Civil Veterinary Department Bihar & Orissa reports 1922-29 - 1922-1929
Year: 1922
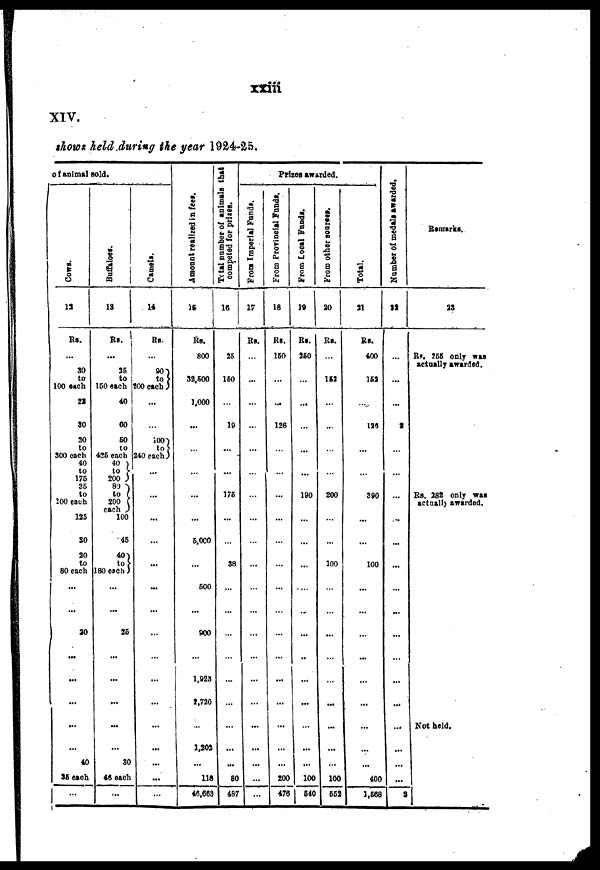
xxiii
XIV.
shows held during the year 1924-25.
of animal gold.
Cows.
12
Rs.
30
to
100 each
23
30
20
to
300 each
40
to
175
36
to
125
SO
20
to
80 each
...
30
...
...
...
...
40
36 each
Buffaloes.
13
Rs.
...
35
to
150 each
40
60
50
to
425 each
40
to
200
80
to 200
each
100
45
40
to
180 each
...
25
...
...
...
...
30
46 each
...
Camels.
14
Rs.
90
to
200 each
...
i00
to
240 each
...
...
...
...
...
...
...
...
...
...
...
...
Amount realized in fees.
15
Rs.
800
32,500
1,000
...
...
5.000
...
500
...
900
1,023
2,720
1,202
...
118
46,663
Total
number of animals that
competed for prizes.
16
25
160
19
...
175
...
38
-
...
...
80
487
Prizes awarded.
From Imperial Funds.
17
Rs.
...
...
...
...
...
...
...
...
...
...
...
...
...
...
...
...
...
—
From Provineisl Funds,
18
Rs.
150
...
126
...
...
...
...
...
...
...
...
...
200
476
From Local Funds.
19
Rs.
250
...
...
...
190
...
...
...
...
...
...
...
...
...
100
510
From other sources.
20
Rs.
153
...
200
100
...
...
...
...
...
...
...
100
652
Total.
21
Rs.
400
152
123
...
390
...
...
100
...
...
...
...
...
...
...
400
1,568
Number of medals awarded
22
...
...
...
...
...
...
...
...
...
...
...
...
3
Remarks.
23
Rs. 255 only was
actually awarded.
Rs. 282 only was
actually awarded.
Not held.